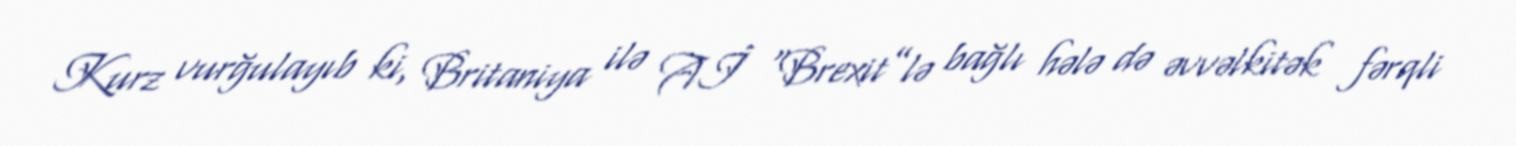
Kurz vurğulayıb ki, Britaniya ilə Aİ “Brexit”lə bağlı hələ də əvvəlkitək fərqli